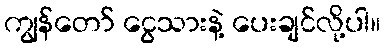
ကျွန်တော် ငွေသားနဲ့ ပေးချင်လို့ပါ။